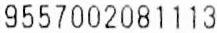
9557002081113